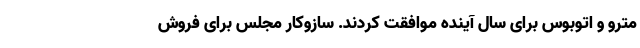
مترو و اتوبوس برای سال آینده موافقت کردند. سازوکار مجلس برای فروش